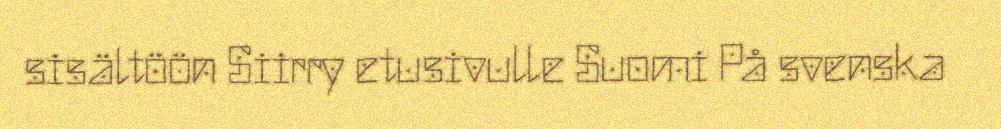
sisältöön Siirry etusivulle Suomi På svenska